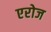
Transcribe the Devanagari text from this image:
एरोज